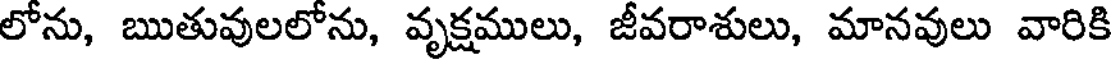
లోను, ఋతువులలోను, వృక్షములు, జీవరాశులు, మానవులు వారికి